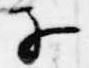
子